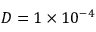
D = 1 \times 1 0 ^ { - 4 }